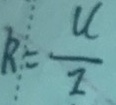
R = \frac { U } { I }